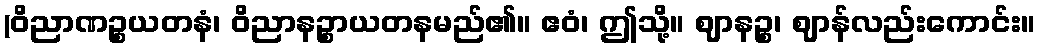
(ဝိညာဏဉ္စယတနံ၊ ဝိညာနဉ္စာယတနမည်၏။ ဧဝံ၊ ဤသို့။ ဈာနဉ္စ၊ ဈာန်လည်းကောင်း။